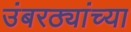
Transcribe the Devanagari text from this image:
उंबरठ्यांच्या